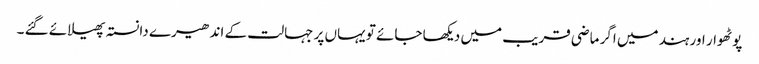
پوٹھوار اور ہند میں اگر ماضی قریب میں دیکھا جائے تو یہاں پر جہالت کے اندھیرے دانستہ پھیلائے گئے ۔